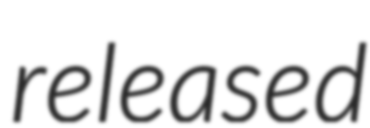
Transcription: released